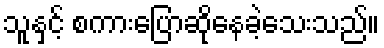
သူနှင့် စကားပြောဆိုနေခဲ့သေးသည်။